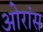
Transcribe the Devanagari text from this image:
ओरांंस